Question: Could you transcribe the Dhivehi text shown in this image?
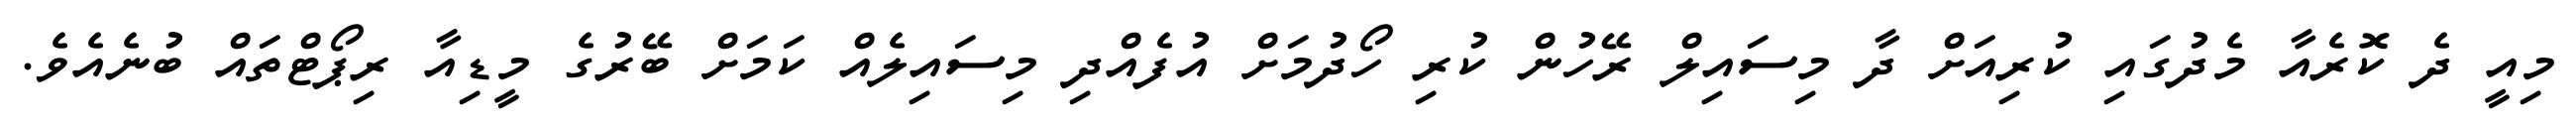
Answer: މިއީ ދެ ކޮރެއާ މެދުގައި ކުރިއަށް ދާ މިސައިލް ރޭހުން ކުރި ހޯދުމަށް އުފެއްދި މިސައިލެއް ކަމަށް ބޭރުގެ މީޑިއާ ރިޕޯޓްތައް ބުނެއެވެ.